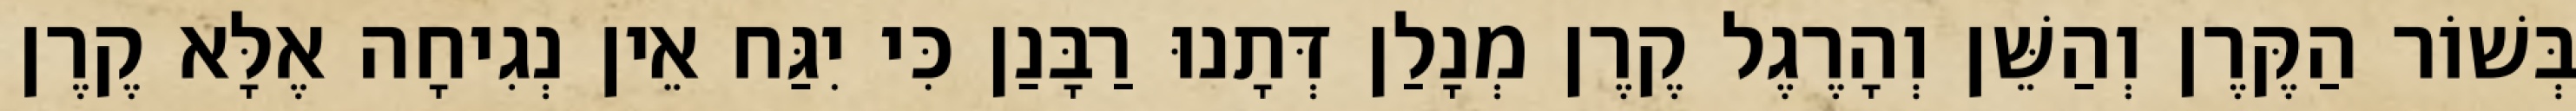
בְּשׁוֹר הַקֶּרֶן וְהַשֵּׁן וְהָרֶגֶל קֶרֶן מְנָלַן דְּתָנוּ רַבָּנַן כִּי יִגַּח אֵין נְגִיחָה אֶלָּא קֶרֶן